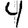
Digit: 4